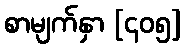
စာမျက်နှာ [၄၀၅]